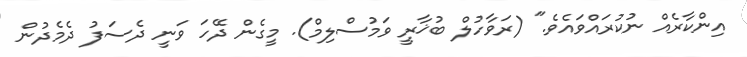
އިންކާރެއް ނުކުރައްވައެވެ." (ރަވާހުލް ބުޚާރީ ވަމުސްލިމް). މީގެން ދޭހަ ވަނީ ދެސަފު ދެމެދުން